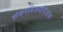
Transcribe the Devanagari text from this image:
शंकरविजयविलास